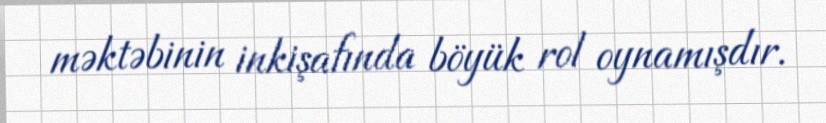
məktəbinin inkişafında böyük rol oynamışdır.